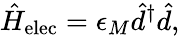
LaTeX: \hat{H}_{\textrm{elec}}=\epsilon_{M}\hat{d}^{\dagger}\hat{d},